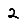
Digit: 2